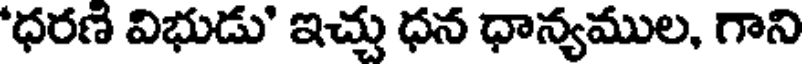
'ధరణ విభుడు" ఇచ్చు ధన ధాన్యముల, గాని